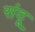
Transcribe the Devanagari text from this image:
संदू